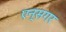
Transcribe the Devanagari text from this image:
एन्सगर